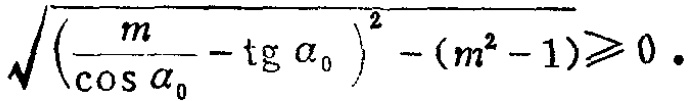
\(\sqrt{\left(\frac{m}{\cos\alpha_{0}} - \mathrm{tg}\alpha_{0}\right)^{2} - (m^{2} - 1)} \geqslant 0\)